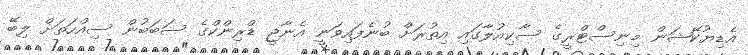
އެޑިޔުކޭޝަން މިނިސްޓްރީގެ ސާކިއުލާގައި އިތުރަށް ބުނެފައިވަނީ އެނާޖީ ޑްރިންކްގެ ސަބަބުން ސިއްހަތަށް ލިބޭ